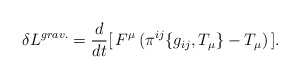
\begin{align*}\delta L^{grav.} = \frac{d}{dt} [\, F^{\mu} \, (\pi^{ij} \{ g_{ij}, T_{\mu} \} - T_{\mu}) \,].\end{align*}